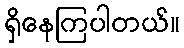
ရှိနေကြပါတယ်။